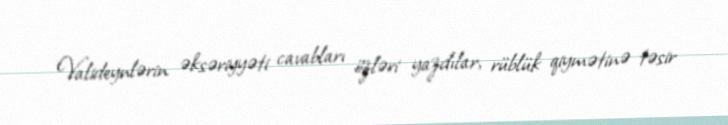
Valideynlərin əksəriyyəti cavabları özləri yazdılar, rüblük qiymətinə təsir